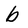
Character: b